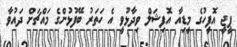
ޕީޖީ އޮފީހުގެ މީޑިއާ އޮފިޝަލް ވިދާޅުވީ އެ ހަތަރު ބޭފުޅުންގެ މައްޗަށް ދައުވާ